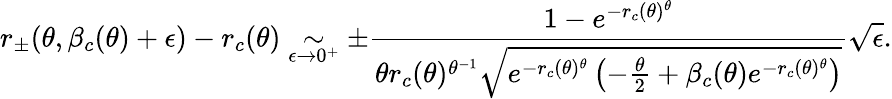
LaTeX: r_{\pm}(\theta,\beta_{c}(\theta)+\epsilon)-r_{c}(\theta)\underset{\epsilon\to 0^{+}}{\sim}\pm\frac{1-e^{-r_{c}(\theta)^{\theta}}}{\theta r_{c}(\theta)^{\theta^{-1}}\sqrt{e^{-r_{c}(\theta)^{\theta}}\left(-\frac{\theta}{2}+\beta_{c}(\theta)e^{-r_{c}(\theta)^{\theta}}\right)}}\sqrt{\epsilon}.